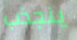
ينجذب